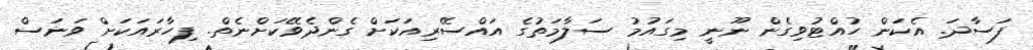
ފަސާދަ. އެކަން ހުއްޓުވިގެން ނޫނީ މިގައުމު ސަލާމަތުގެ އައްސޭރިއަކަށް ގެންދެވޭކަށްނެތް. ފިހާރައަކަށް ވަނަސް